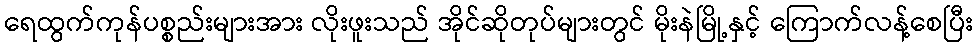
ရေထွက်ကုန်ပစ္စည်းများအား လိုးဖူးသည် အိုင်ဆိုတုပ်များတွင် မိုးနဲမြို့နှင့် ကြောက်လန့်စေပြီး